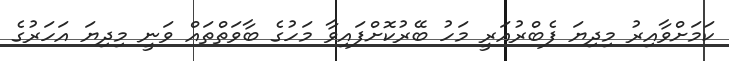
ކަމަށްވާއިރު މިދިޔަ ފެބްރުއަރީ މަހު ބޭރުކޮށްފައިވާ މަހުގެ ބާވަތްތައް ވަނީ މިދިޔަ އަހަރުގެ